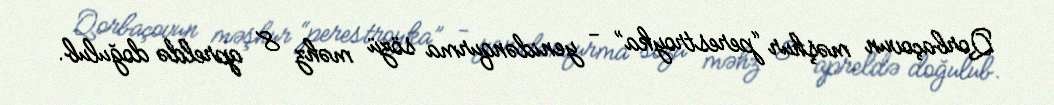
Qorbaçovun məşhur “perestroyka” - yenidənqurma sözü məhz 8 apreldə doğulub.